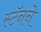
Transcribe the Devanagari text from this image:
स्टॅनने